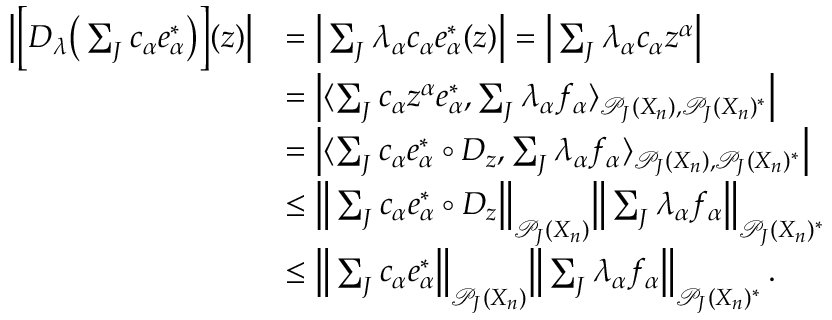
\begin{array} { r l } { \Big | \Big [ D _ { \lambda } \big ( \sum _ { J } c _ { \alpha } e _ { \alpha } ^ { * } \big ) \Big ] ( z ) \Big | } & { = \Big | \sum _ { J } \lambda _ { \alpha } c _ { \alpha } e _ { \alpha } ^ { * } ( z ) \Big | = \Big | \sum _ { J } \lambda _ { \alpha } c _ { \alpha } z ^ { \alpha } \Big | } \\ & { = \Big | \langle \sum _ { J } c _ { \alpha } z ^ { \alpha } e _ { \alpha } ^ { * } , \sum _ { J } \lambda _ { \alpha } f _ { \alpha } \rangle _ { \mathcal { P } _ { J } ( X _ { n } ) , \mathcal { P } _ { J } ( X _ { n } ) ^ { * } } \Big | } \\ & { = \Big | \langle \sum _ { J } c _ { \alpha } e _ { \alpha } ^ { * } \circ D _ { z } , \sum _ { J } \lambda _ { \alpha } f _ { \alpha } \rangle _ { \mathcal { P } _ { J } ( X _ { n } ) , \mathcal { P } _ { J } ( X _ { n } ) ^ { * } } \Big | } \\ & { \leq \Big \| \sum _ { J } c _ { \alpha } e _ { \alpha } ^ { * } \circ D _ { z } \Big \| _ { \mathcal { P } _ { J } ( X _ { n } ) } \Big \| \sum _ { J } \lambda _ { \alpha } f _ { \alpha } \Big \| _ { \mathcal { P } _ { J } ( X _ { n } ) ^ { * } } } \\ & { \leq \Big \| \sum _ { J } c _ { \alpha } e _ { \alpha } ^ { * } \Big \| _ { \mathcal { P } _ { J } ( X _ { n } ) } \Big \| \sum _ { J } \lambda _ { \alpha } f _ { \alpha } \Big \| _ { \mathcal { P } _ { J } ( X _ { n } ) ^ { * } } \, . } \end{array}